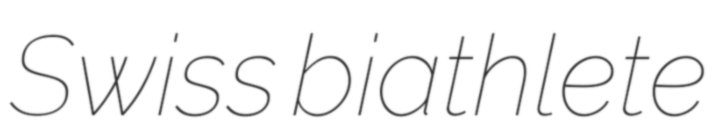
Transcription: Swiss biathlete